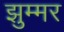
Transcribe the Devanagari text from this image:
झुम्मर